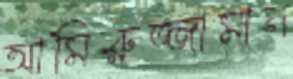
আমিরুজ্জামান